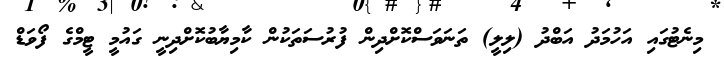
މިނެޓުގައި އަހުމަދު އަބްދު (ލިލީ) ތަނަވަސްކޮށްދިން ފުރުސަތަކުން ކާމިޔާބުކޮށްދިނީ ގައުމީ ޓީމްގެ ފޯވަޑް